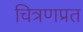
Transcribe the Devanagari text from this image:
चित्रणप्रत